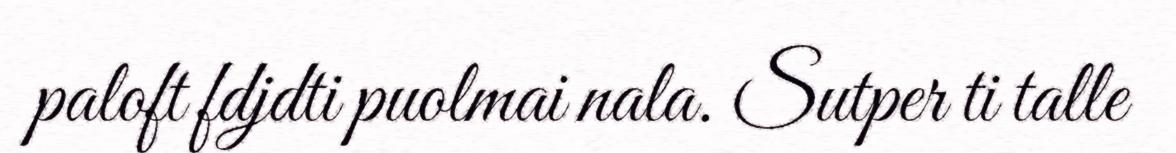
paloft fdjdti puolmai nala. Sutper ti talle